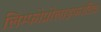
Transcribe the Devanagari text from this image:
लिम्फोप्रोलाइफरेटिव